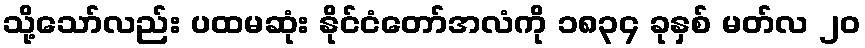
သို့သော်လည်း ပထမဆုံး နိုင်ငံတော်အလံကို ၁၈၃၄ ခုနှစ် မတ်လ ၂၀